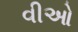
વીઓ